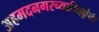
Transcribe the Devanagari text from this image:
अहमदनगरच्याभिल्लांनी